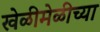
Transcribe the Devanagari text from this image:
खेळीमेळीच्या